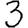
Digit: 3